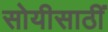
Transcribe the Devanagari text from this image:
सोयीसाठीं